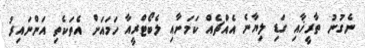
ނެގުނު ތާރީޚާއި ގަޑި ލިޔާނެ އެއްޗެއް ކަމަށާއި ލެބޯޓްރީއާ ހަމައަށް އެތަކެތި އަންނައިރު